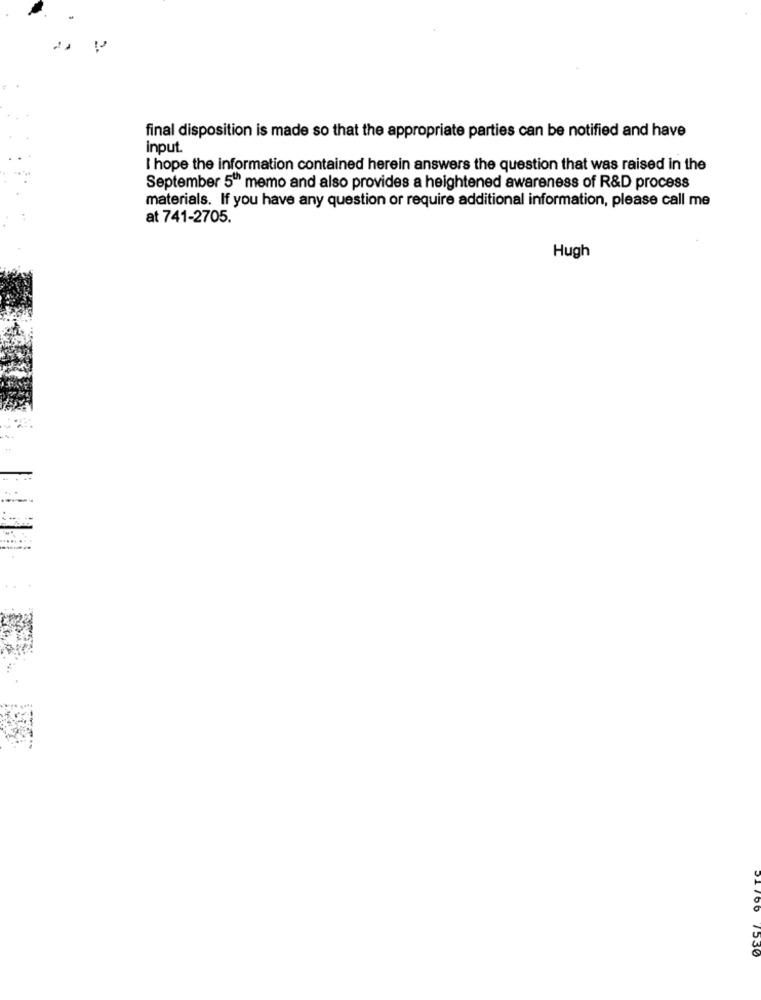
final disposition is made so that the appropriate parties can be notified and have
input.
I hope the information contained herein answers the question that was raised in the
September 5"" memo and also provides a heightened awareness of R&D process
materials. If you have any question or require additional information, please call me
at 741-2705.
Hugh
15.30